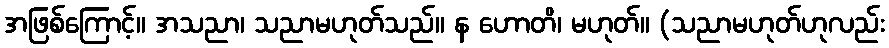
အဖြစ်ကြောင့်။ အသညာ၊ သညာမဟုတ်သည်။ န ဟောတိ၊ မဟုတ်။ (သညာမဟုတ်ဟုလည်း